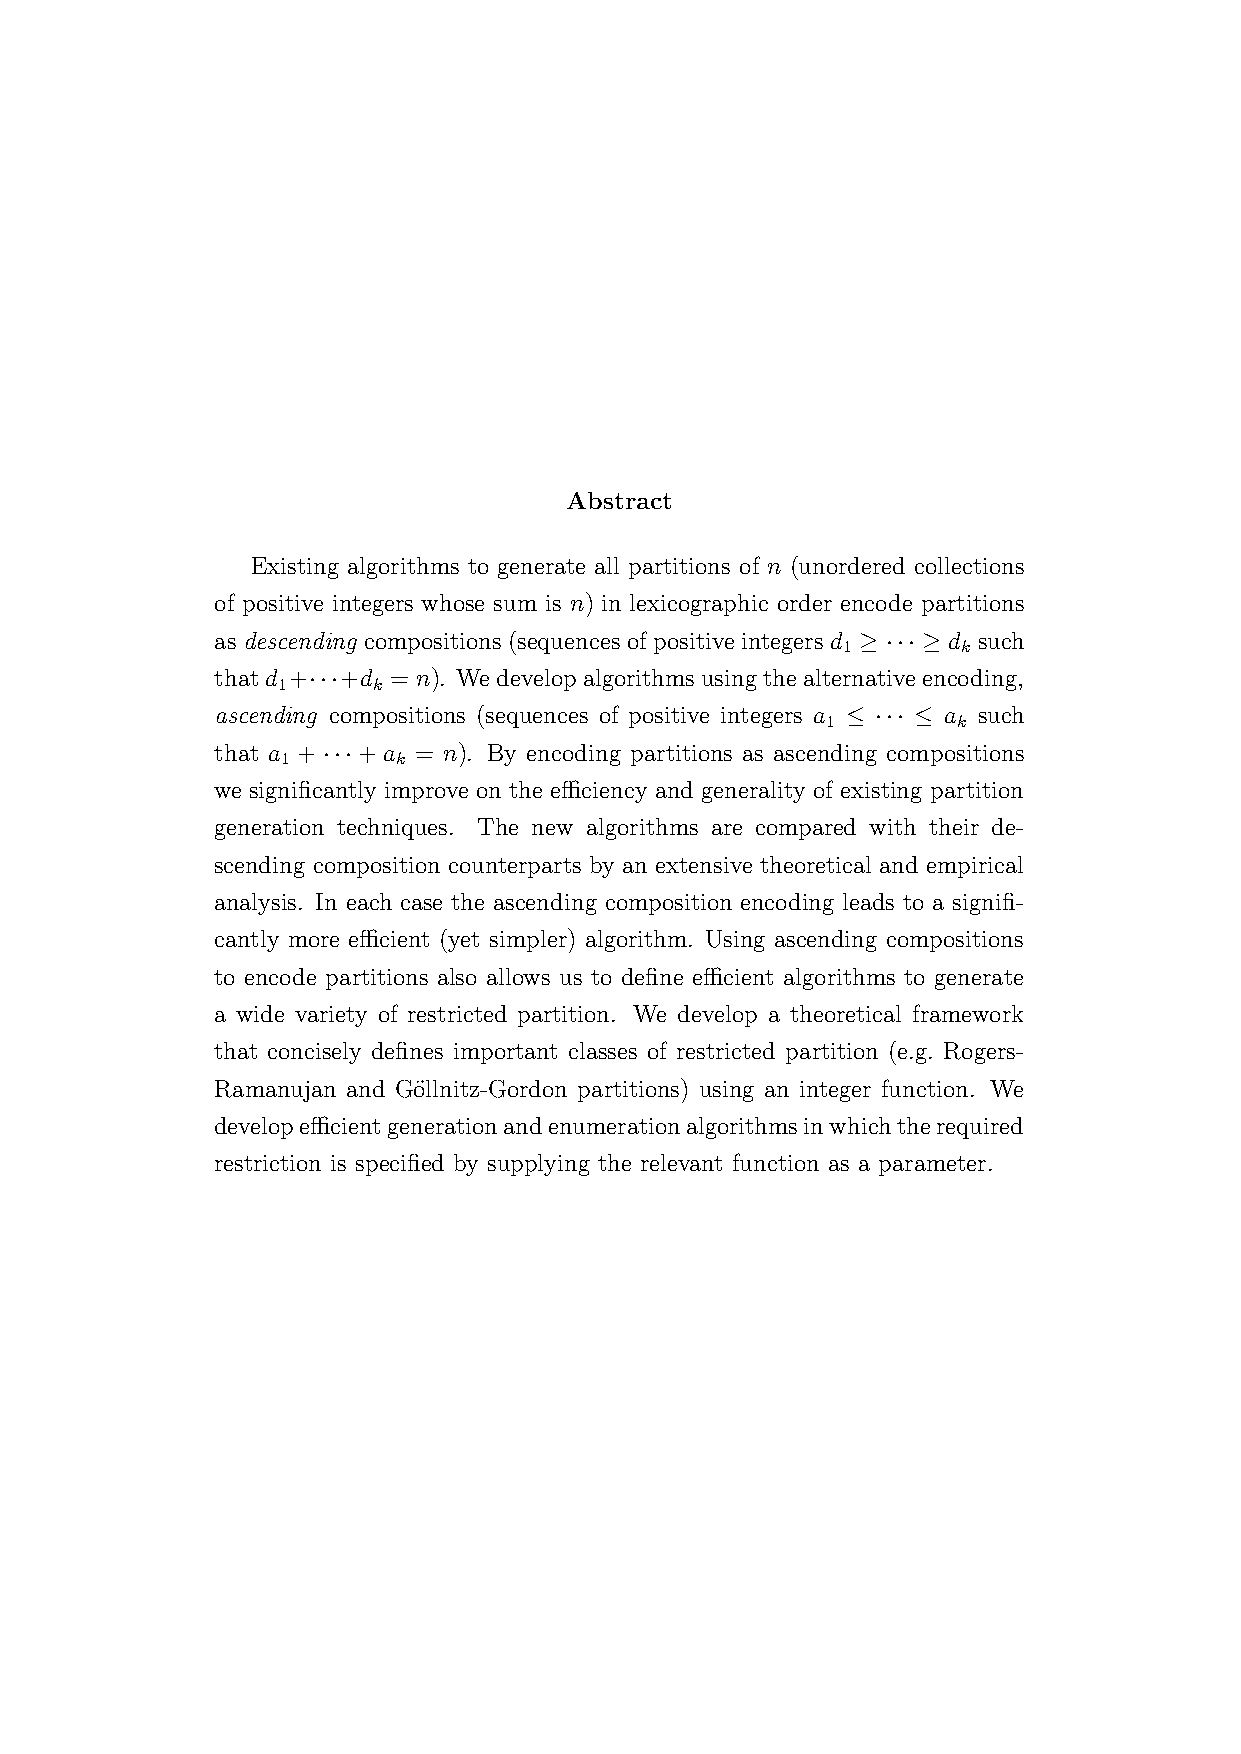
Abstract
 Existing algorithms to generate all partitions of n (unordered collections
 of positive integers whose sum is n) in lexicographic order encode partitions
 as descending compositions (sequences of positive integers d ≥ ··· ≥ d such
 1       k
 thatd +···+d = n). Wedevelopalgorithmsusingthealternativeencoding,
 1      k
 ascending compositions (sequences of positive integers a ≤ ··· ≤ a such
 1       k
 that a + ··· + a = n). By encoding partitions as ascending compositions
 1      k
 we significantly improve on the efficiency and generality of existing partition
 generation techniques. The new algorithms are compared with their de-
 scending composition counterparts by an extensive theoretical and empirical
 analysis. In each case the ascending composition encoding leads to a signifi-
 cantly more efficient (yet simpler) algorithm. Using ascending compositions
 to encode partitions also allows us to define efficient algorithms to generate
 a wide variety of restricted partition. We develop a theoretical framework
 that concisely defines important classes of restricted partition (e.g. Rogers-
 Ramanujan and Go¨llnitz-Gordon partitions) using an integer function. We
 developefficientgenerationandenumerationalgorithmsinwhichtherequired
 restriction is specified by supplying the relevant function as a parameter.